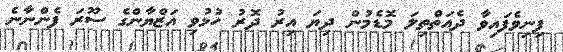
ފިނިވެފައިވާ ދެއަތްތިލަ މޮޑެމުން ދިޔަ އިރު ދޮރު ހުޅުވި އަޒްޔާންގެ ސޫރަ ފެންނާނެ